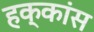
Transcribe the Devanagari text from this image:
हक्कांस